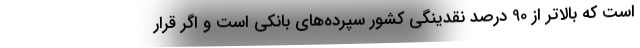
است که بالاتر از 90 درصد نقدینگی کشور سپرده‌های بانکی است و اگر قرار